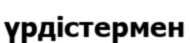
үрдістермен